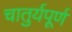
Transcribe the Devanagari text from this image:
चातुर्यपूर्ण